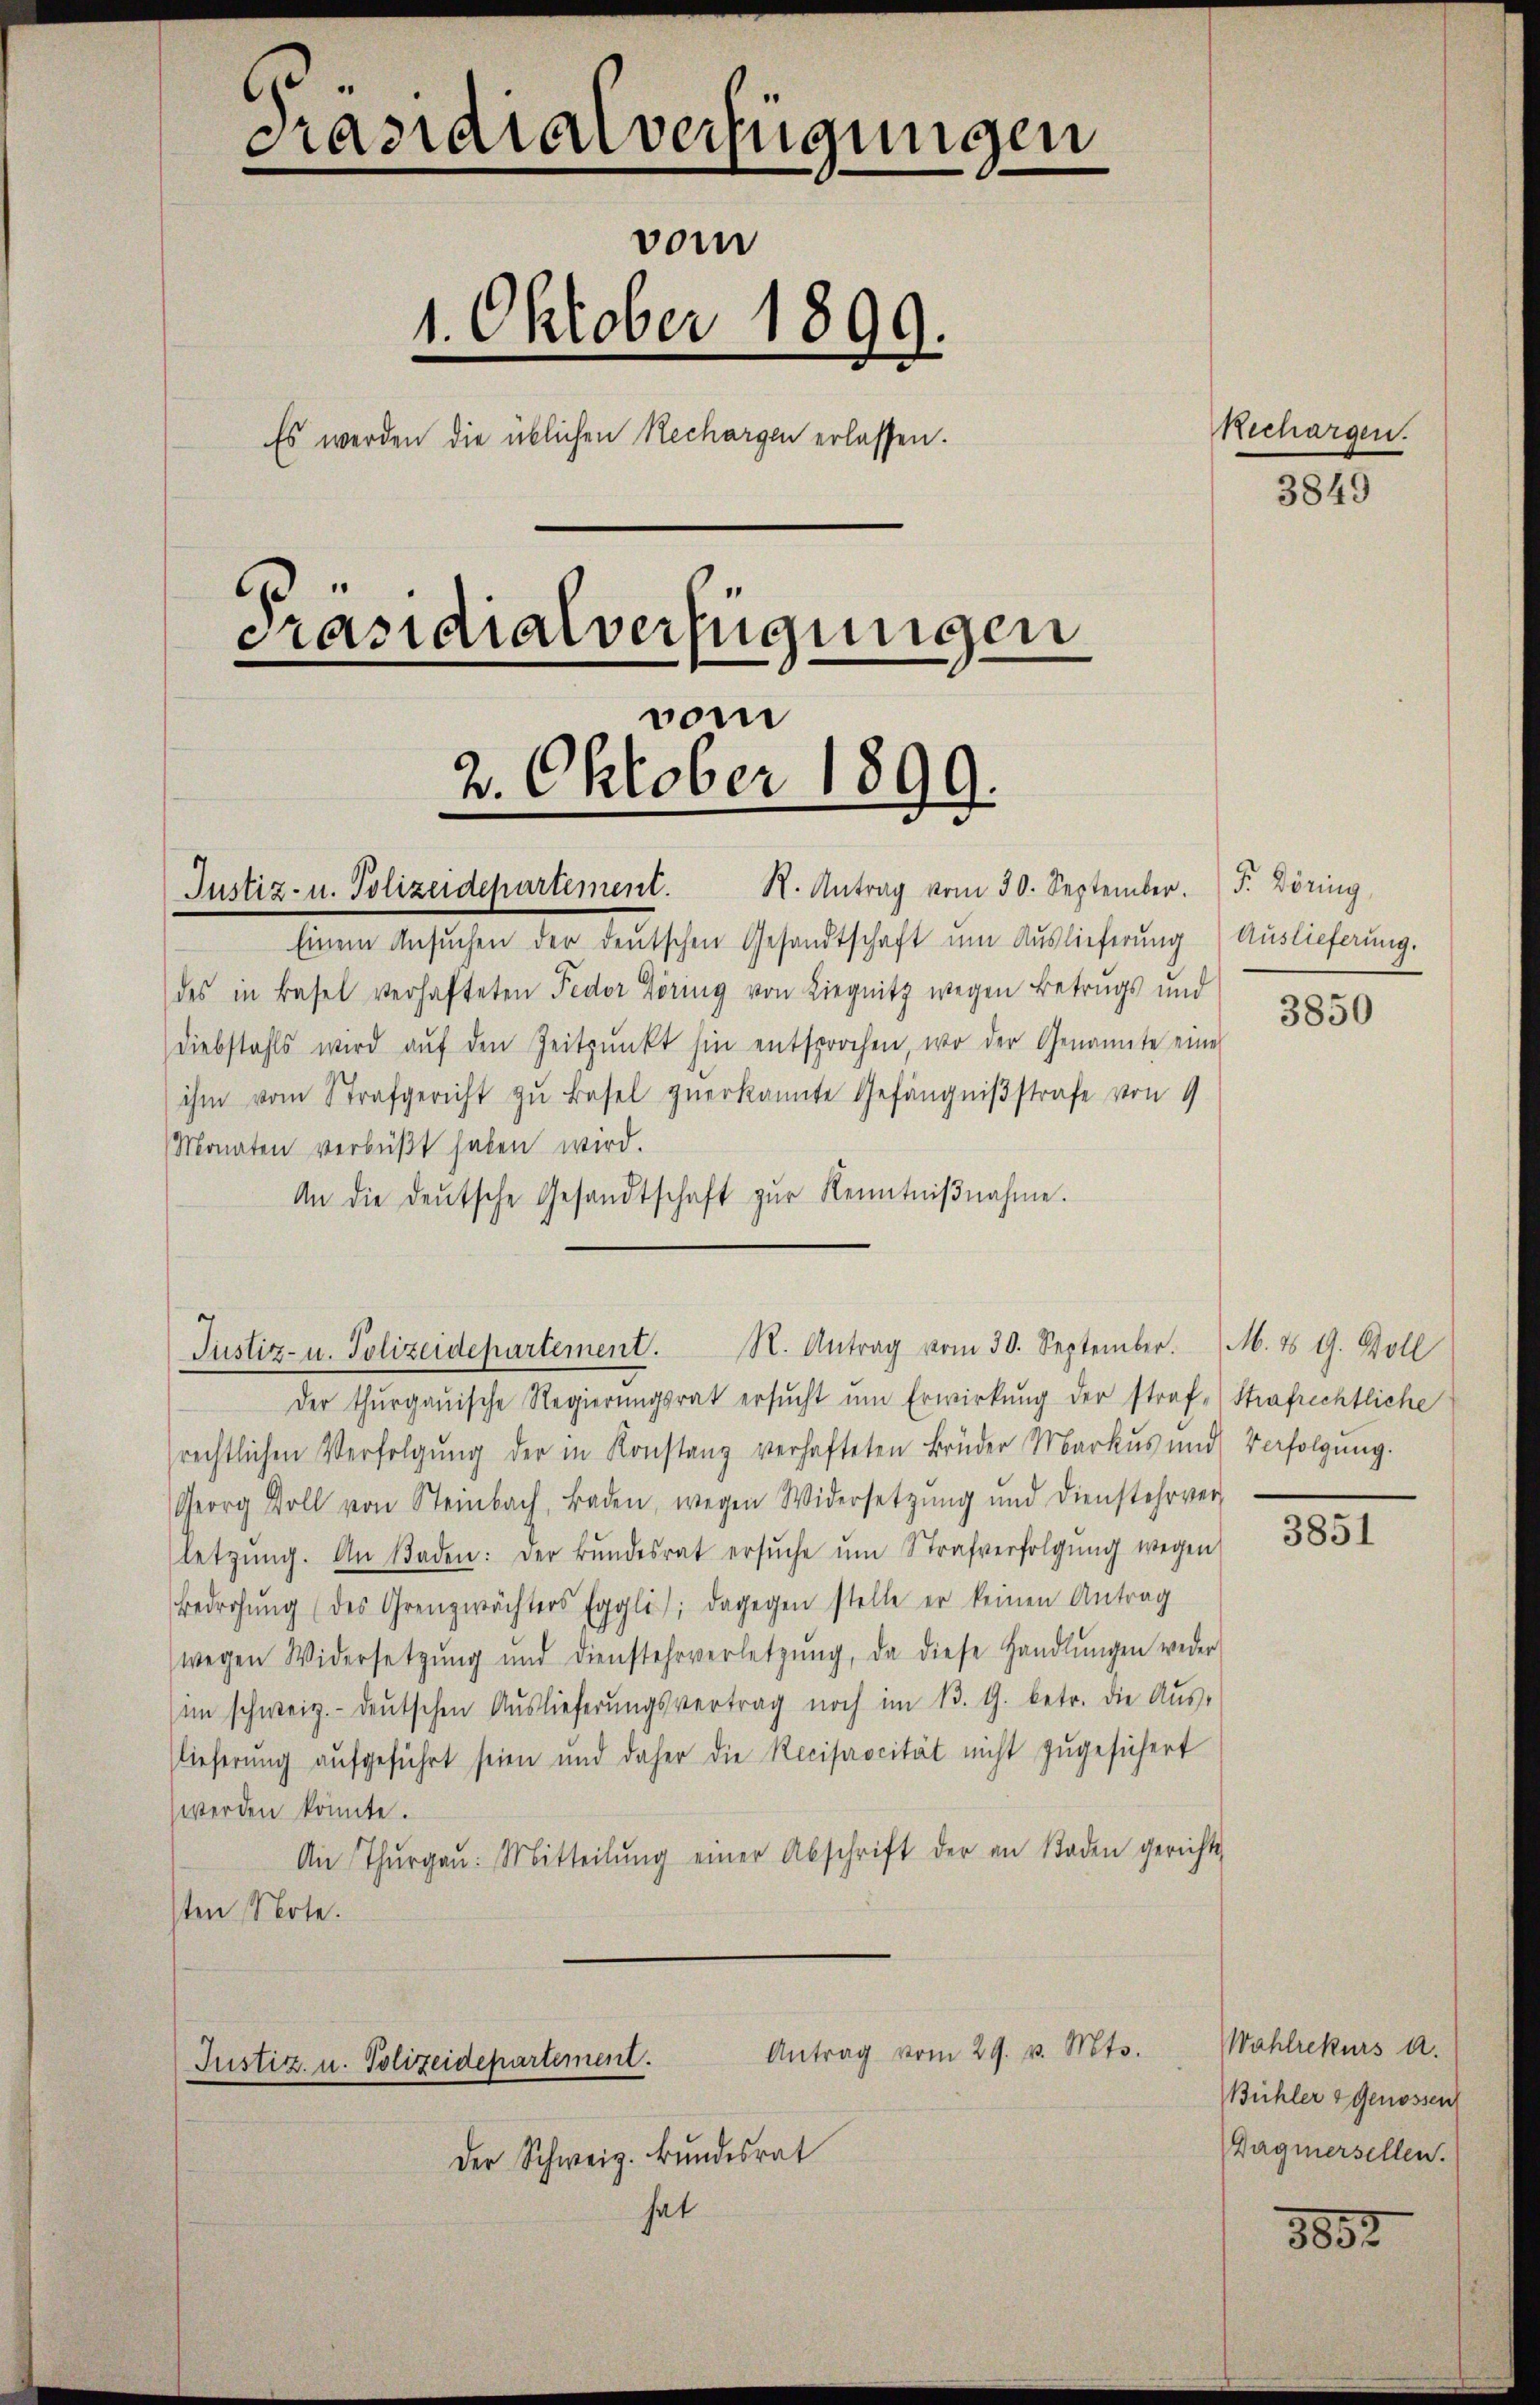
Justiz- u. Polizeidepartement. K. Antrag vom 30. September. F. Döring,

Präsidialverfügungen
vom
1. Oktober 1899.
Es werden die üblichen Rechargen erlassen.
Präsidialverfügungen
vom
2. Oktober 1899.

Einem Ansŭchen der deutschen Gesandtschaft ŭm Auslieferung) Auslieferung.
des in Basel verhafteten Fedor Göring von Liegnitz wegen Betrugs und
Diebstahls wird aŭf den Zeitpunkt hin entsprochen, wo der Genannte eine
ihm vom Strafgericht zŭ Basel zŭerkannte Gefängnißstrafe von 9
Monaten verbüßt haben wird.
An die deŭtsche Gesandtschaft zŭr Kenntniβnahme.
Justiz- u. Polizeidepartement.
Der thurgauische Regierŭngsrat ersŭcht ŭm Erwirkung der straf- Strafrechtliche
rechtlichen Verfolgŭng der in Konstanz verhafteten Brüder Markus und Verfolgung.
Georg Doll von Steinbach, Baden, wegen Widersetzŭng und Dienstehrver-
letzŭng. An Baden: Der Bŭndesrat ersŭche ŭm Strafverfolgŭng wegen
Bedrohŭng (des Grenzwächters Eggli); dagegen stelle er keinen Antrag
wegen Widersetzŭng und dienstehrverletzŭng, da diese Handlŭngen weder
im schweiz.- deŭtschen Auslieferŭngsvertrag noch im 13. G. betr. die Aŭs-
lieferung aufgeführt seien und daher die Reciprocität nicht zugesichert
werden könnte.
An Thŭrgaŭ. Mitteilŭng einer Abschrift der an Boden gerichts-
sten Note.

Antrag vom 29. v. Mts.
Justizz. u. Polizeidepartement.

Der Schweiz. Bundesrat
hat

R. Antrag vom 30. September. M. ds G. Boll

Rechargen.

3849

3850

3851

Wahlrekurs a.
Bühler & Genossen
Wagmersellen.

3892